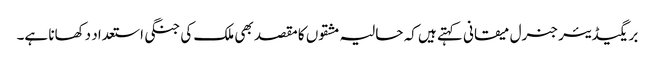
بریگیڈیئر جنرل میقانی کہتے ہیں کہ حالیہ مشقوں کا مقصد بھی ملک کی جنگی استعداد دکھانا ہے۔